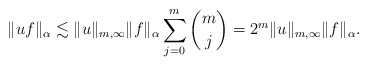
\begin{align*}\|u f\|_{\alpha} & \lesssim \|u\|_{m,\infty}\|f\|_{\alpha}\sum_{j=0}^{m}\binom{m}{j} = 2^{m}\|u\|_{m,\infty}\|f\|_{\alpha}.\end{align*}